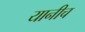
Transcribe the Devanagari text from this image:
यानीच